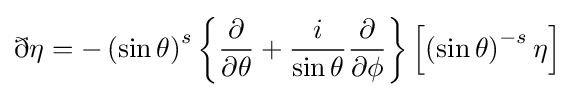
\eth \eta =-\left(\sin {\theta }\right)^{s}\left\{{\frac {\partial }{\partial \theta }}+{\frac {i}{\sin {\theta }}}{\frac {\partial }{\partial \phi }}\right\}\left[\left(\sin {\theta }\right)^{-s}\eta \right]